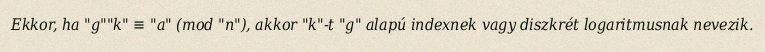
Ekkor, ha "g""k" ≡ "a" (mod "n"), akkor "k"-t "g" alapú indexnek vagy diszkrét logaritmusnak nevezik.